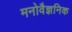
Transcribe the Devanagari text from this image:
मनोवैज्ञनिक